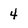
Character: 4